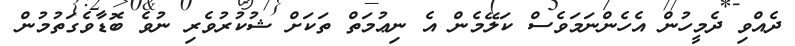
ދެއްވި ދެމީހުން އެހެންނަމަވެސް ކަލޭމެން އެ ނިޢުމަތް ތަކަށް ޝުކުރުވެރި ނުވެ ބޮޑާވެގަތުމުން